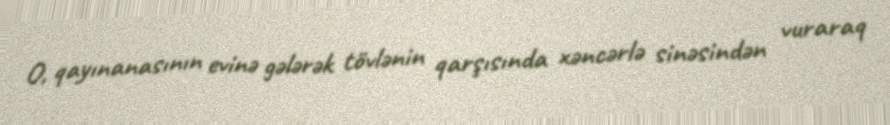
O, qayınanasının evinə gələrək tövlənin qarşısında xəncərlə sinəsindən vuraraq